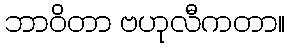
ဘာဝိတာ ဗဟုလီကတာ။